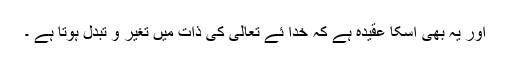
اور یہ بھی اسکا عقیدہ ہے کہ خدا ئے تعالیٰ کی ذات میں تغیّر و تبدل ہوتا ہے ۔